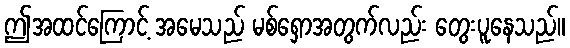
ဤအထင်ကြောင့် အမေသည် မစ်ရှောအတွက်လည်း တွေးပူနေသည်။